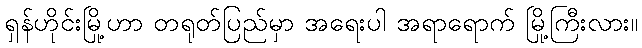
ရှန်ဟိုင်းမြို့ဟာ တရုတ်ပြည်မှာ အရေးပါ အရာရောက် မြို့ကြီးလား။